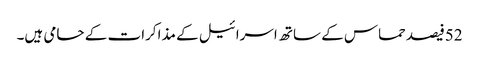
52فیصدحماس کے ساتھ اسرائیل کے مذاکرات کے حامی ہیں۔